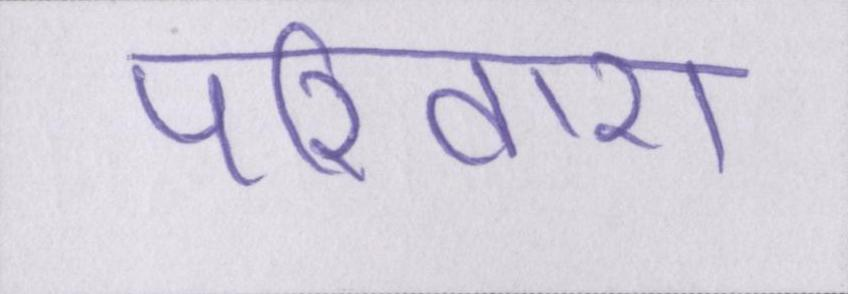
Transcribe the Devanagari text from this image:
परिवारों